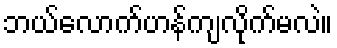
ဘယ်လောက်ဟန်ကျလိုက်မလဲ။